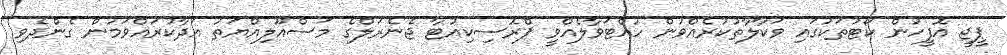
ޕީޖީ އޮފީހުން ކޯޓުތަކުގައި ވަކާލާތުކުރެއްވުން ހުއްޓަވާލެއްވީ ޕްރޮސިކިއުޓާ ޖެނެރަލްގެ މަސްއޫލިއްޔަތު އަދާކުރައްވަމުން ގެންދެވި